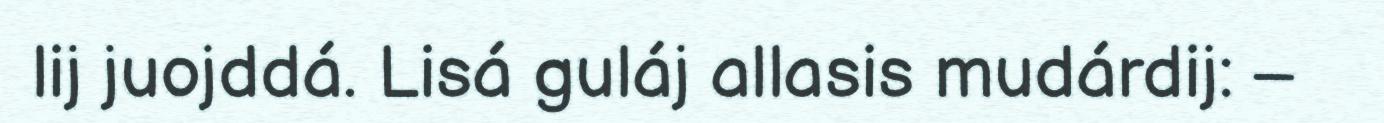
lij juojddá. Lisá guláj allasis mudárdij: –